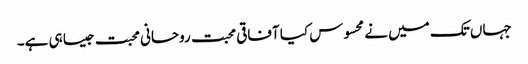
جہاں تک میں نے محسوس کیا آفاقی محبت روحانی محبت جیسا ہی ہے۔